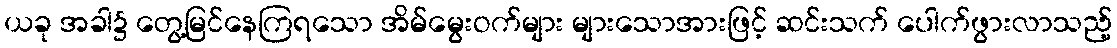
ယခု အခါ၌ တွေ့မြင်နေကြရသော အိမ်မွေးဝက်များ များသောအားဖြင့် ဆင်းသက် ပေါက်ဖွားလာသည့်